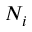
N _ { i }